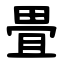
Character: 畳